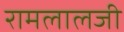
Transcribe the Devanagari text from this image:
रामलालजी